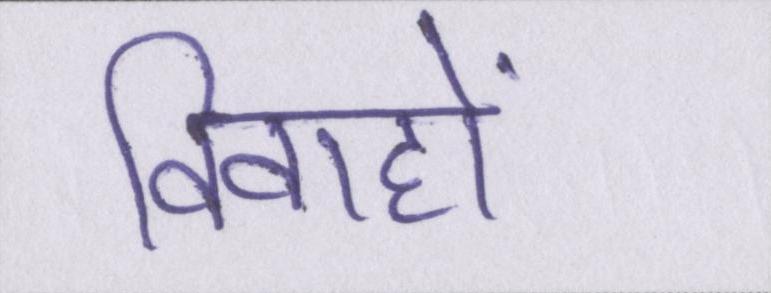
विवाहों